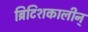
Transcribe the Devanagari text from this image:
ब्रिटिशकालीन्